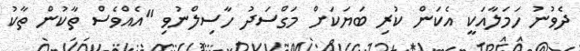
ދެވުނު ހަމަލާއަކީ އެކަން ކުރި ބަޔަކަށް މަގްސަދު ހާސިލްނުވި "އެއްވެސް ތާކުން ތާކު